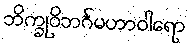
ဘိက္ခုဝိဘင်္ဂမဟာဝါရော